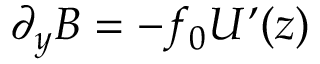
\partial _ { y } B = - f _ { 0 } U ’ ( z )